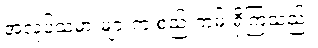
အလုပ်သမားများက စည်းကမ်းရှိကြသည်။